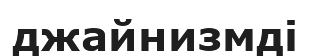
джайнизмді